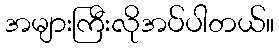
အများကြီးလိုအပ်ပါတယ်။